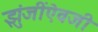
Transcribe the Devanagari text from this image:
झुंजींऐवजी